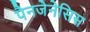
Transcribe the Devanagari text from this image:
पैनजेनेसिस